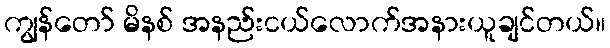
ကျွန်တော် မိနစ် အနည်းငယ်လောက်အနားယူချင်တယ်။